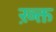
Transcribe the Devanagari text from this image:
ख़्क्त